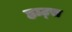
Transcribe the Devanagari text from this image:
ह्वाट्‍स